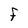
Character: F